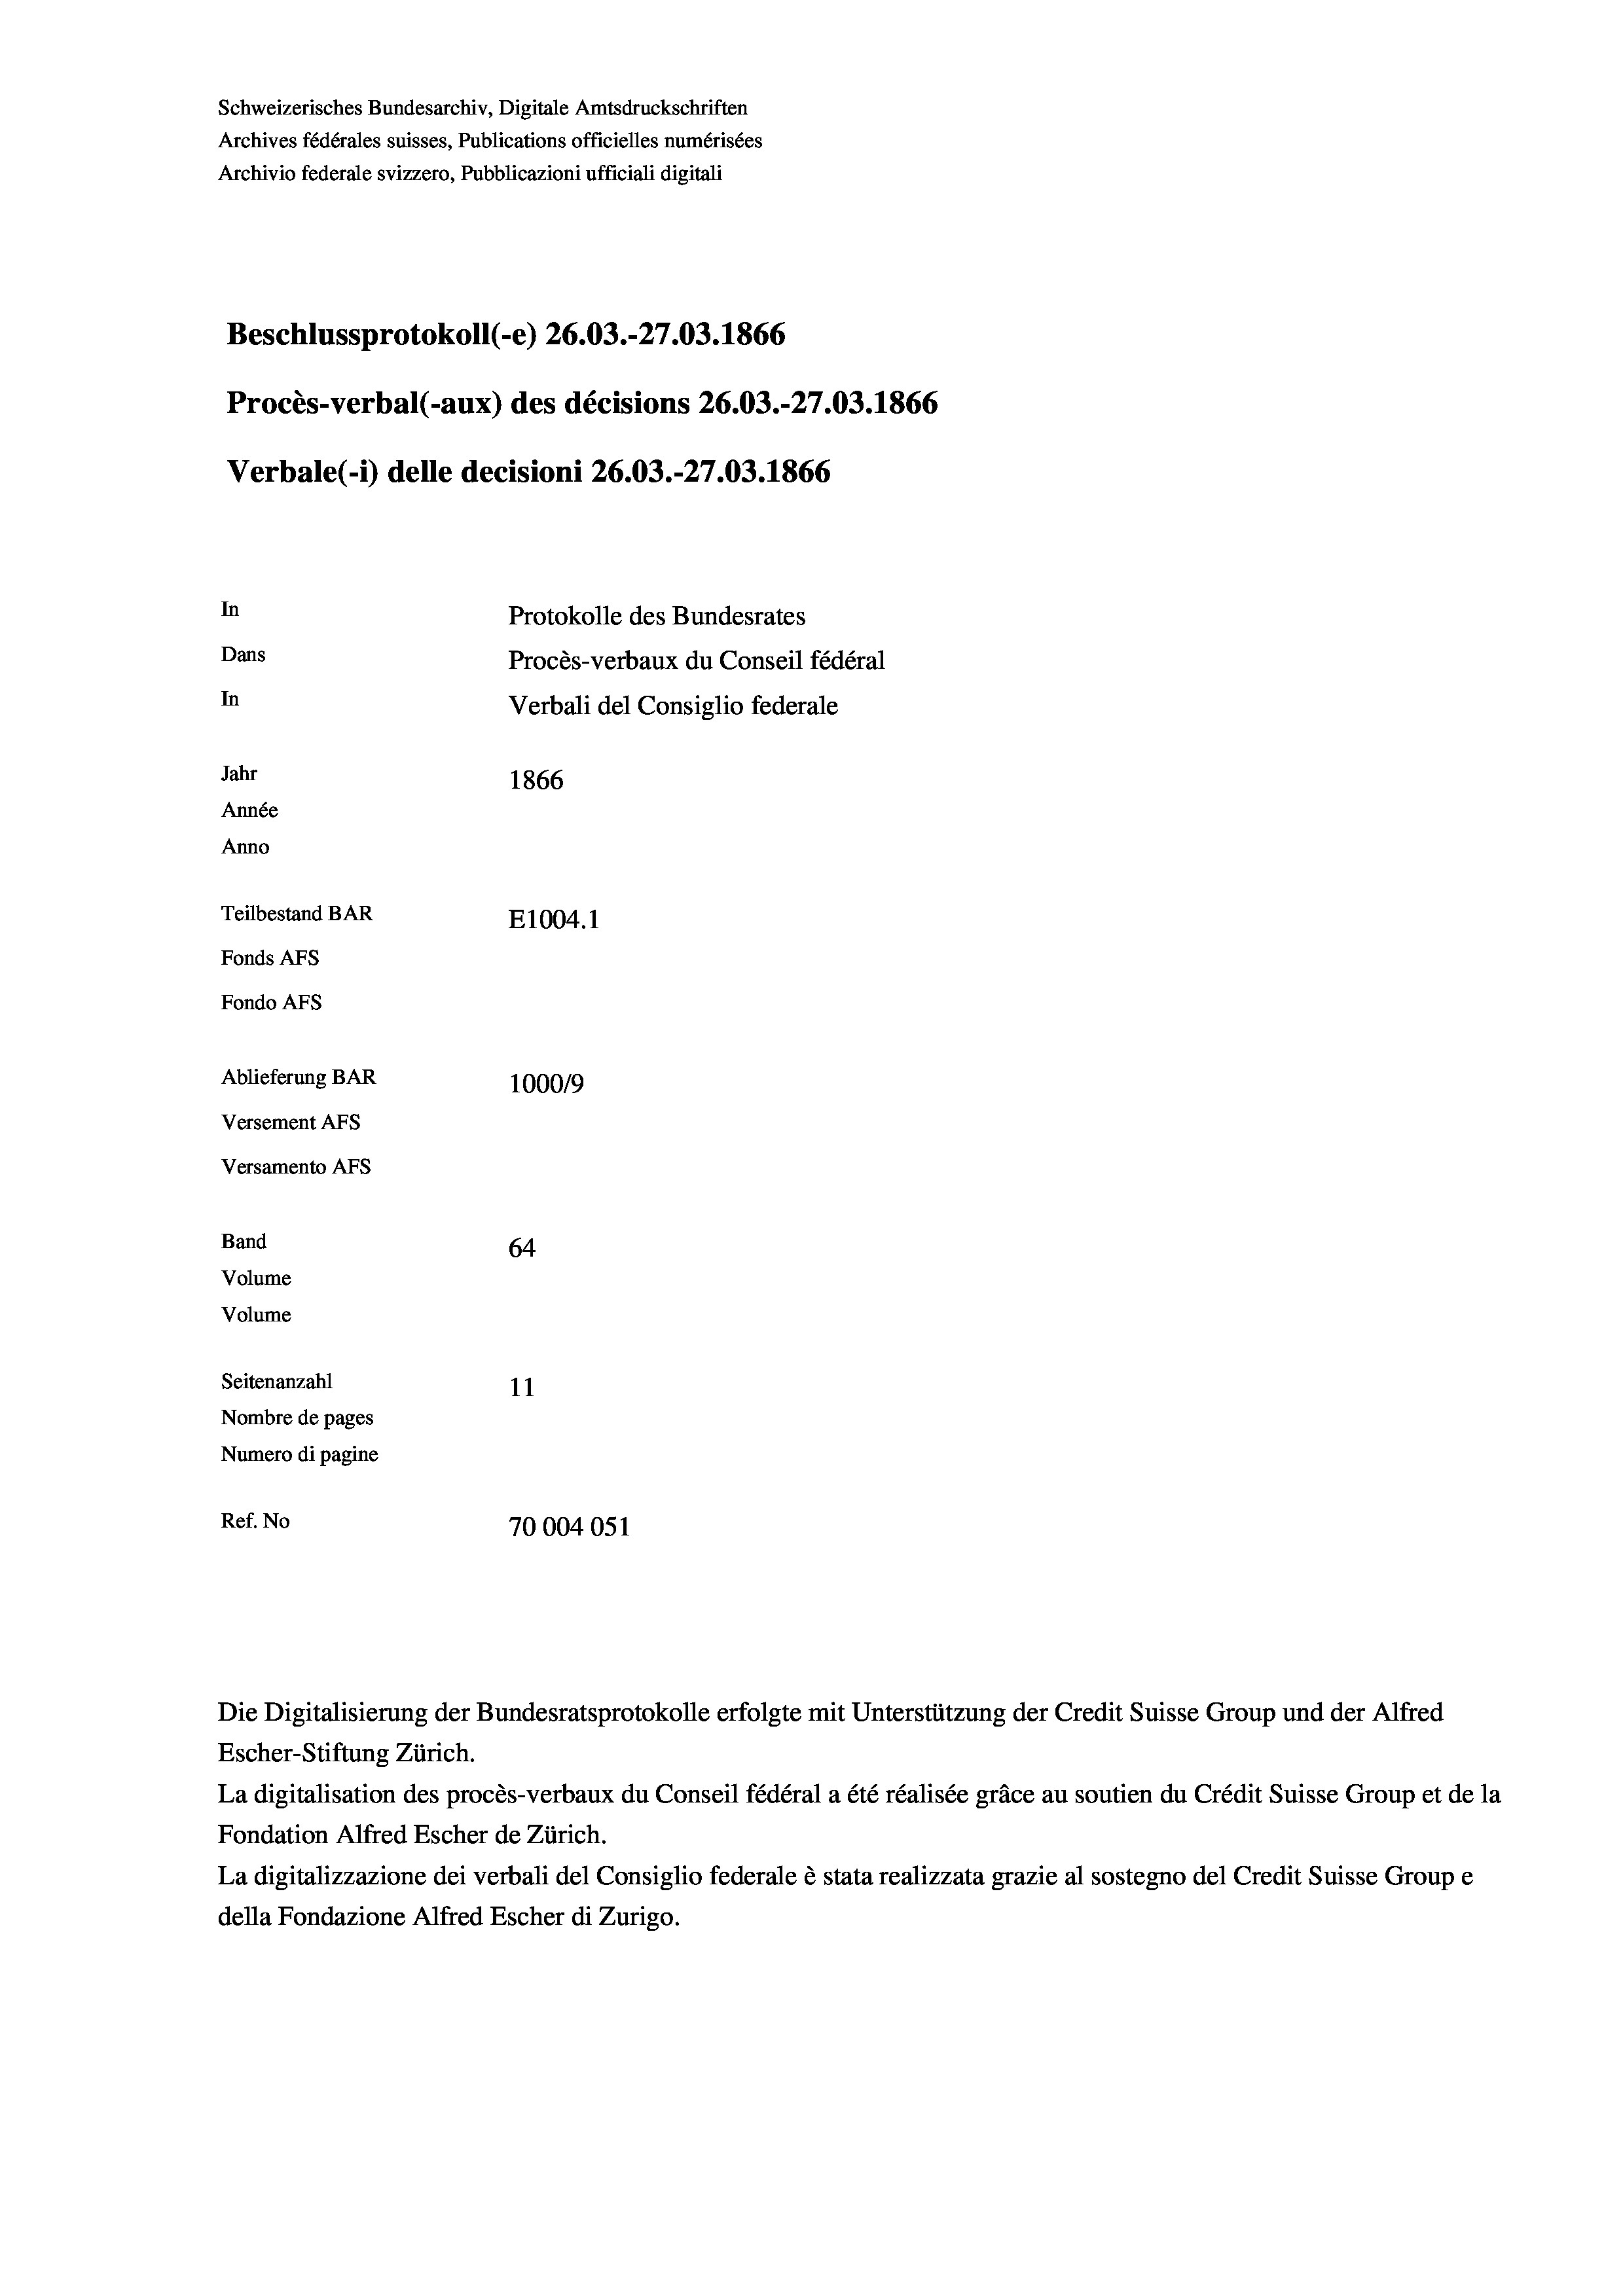
Schweizerisches Bundesarchiv, Digitale Amtsdruckschriften
Archives fédérales suisses, Publications officielles numérisées
Archivio federale svizzero, Pubblicazioni ufficiali digitali
Beschlussprotokoll (-e) 26.03.-27.03. 1866
Procès-verbal (-aux) des décisions 26.03.-27.03. 1866
Verbale (i) delle decisioni 26.03.-27.03. 1866
In
Protokolle des Bundesrates
Dans
Procès-verbaux du Conseil fédéral
In
Verbali del Consiglio federale
Jahr
1866
Année
Anno
Teilbestand BAR
E1004.1
Fonds AFs
Fondo Afs
Ablieferung BAR
100019
Versement AFs
Versamento Afs
Band
64
Volume
Volume
Seitenanzahl
11
Nombre de pages
Numero di pagine
Ref. No
70004051

La digitalisation des procès-verbaux du Conseil fédéral a été réalisée gräce au soutien du Crédit Suisse Group et de la
Fondation Alfred Escher de Zürich.
La digitalizzazione dei verbali del Consiglio federale è stata realizzata grazie al sostegno del Credit Suisse Groupe
della Fondazione Alfred Escher di Zurigo.

Die Digitalisierung der Bundesratsprotokolle erfolgte mit Unterstützung der Credit Suisse Group und der Alfred
Escher-Stiftung Zürich.